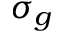
\sigma _ { g }